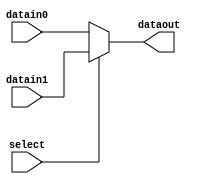
/* 2 to 1 MUX, select from two 32-bit input*/
module mux2to1(datain0,datain1, dataout, select);
input [31:0] datain0, datain1;
input select;
output [31:0] dataout; 
reg [31:0] dataout;

/*whenever datain0 or datain1 or select signals is changed*/
    always @(datain0 or datain1 or select) /* when any of inputs or select changes */
    begin 
    if (select == 0) /* if select value is 0, select datain0 */
       dataout = datain0;
    else /* if select value is 1, select datain1 */
       dataout = datain1;
    end 
endmodule

module mux2to1_5bit(datain0, datain1, dataout, select);
  
input [4:0] datain0, datain1;
input select;
output reg [4:0] dataout;

/*whenever datain0 or datain1 or select signals is changed*/

/* new code start */

    always @(datain0 or datain1 or select) /* when any of inputs or select changes */
    begin 
    if (select == 0) /* if select value is 0, select datain0 */
       dataout = datain0;
    else /* if select value is 1, select datain1 */
       dataout = datain1;
    end 

/* new code end */

endmodule